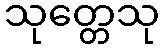
သုတ္တေသု